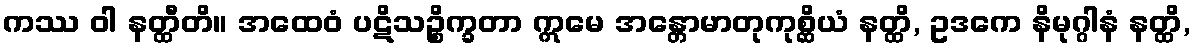
ကဿ ဝါ နတ္ထီတိ။ အထေဝံ ပဋိသဉ္စိက္ခတာ ဣမေ အန္တောမာတုကုစ္ဆိယံ နတ္ထိ, ဥဒကေ နိမုဂ္ဂါနံ နတ္ထိ,